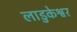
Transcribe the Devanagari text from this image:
लाडुकेश्वर